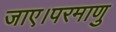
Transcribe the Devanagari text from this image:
जाए।परमाणु